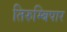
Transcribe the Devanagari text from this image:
तिरुम्बिपार